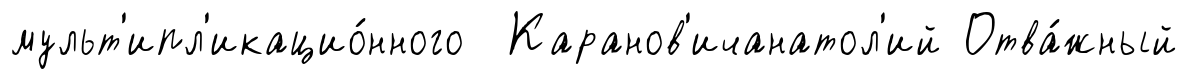
мульт'ипл'икацио́нного Каранов'ичанатол'ий Отва́жный